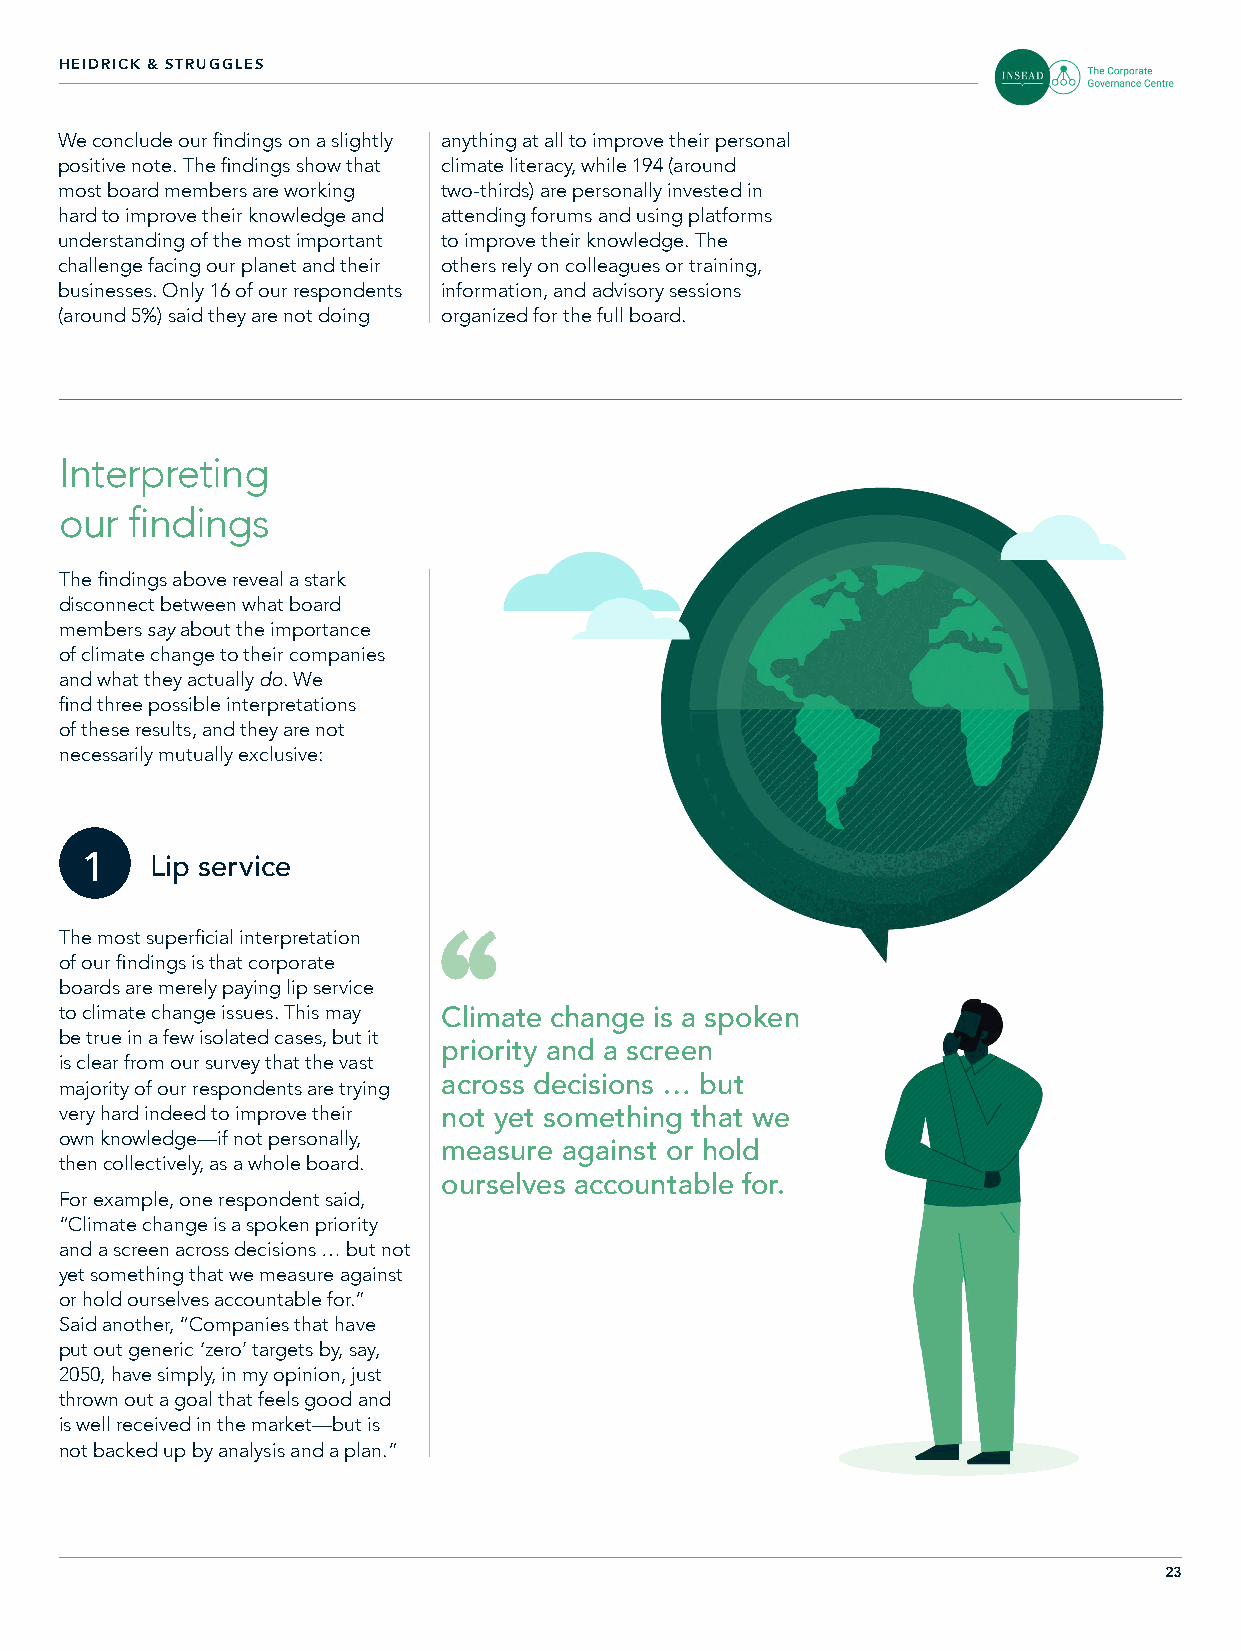
HEIDRICK & STRUGGLES
 We conclude our findings on a slightly anything at all to improve their personal
 positive note. The findings show that climate literacy, while 194 (around
 most board members are working two-thirds) are personally invested in
 hard to improve their knowledge and attending forums and using platforms
 understanding of the most important to improve their knowledge. The
 challenge facing our planet and their others rely on colleagues or training,
 businesses. Only 16 of our respondents information, and advisory sessions
 (around 5%) said they are not doing organized for the full board.
 Interpreting
 our findings
 The findings above reveal a stark
 disconnect between what board
 members say about the importance
 of climate change to their companies
 and what they actually do. We
 find three possible interpretations
 of these results, and they are not
 necessarily mutually exclusive:
 1    Lip service
 The most superficial interpretation
 of our findings is that corporate
 boards are merely paying lip service
 to climate change issues. This may Climate change is a spoken
 be true in a few isolated cases, but it
 priority and a screen
 is clear from our survey that the vast
 majority of our respondents are trying across decisions … but
 very hard indeed to improve their not yet something that we
 own knowledge—if not personally,
 measure against or hold
 then collectively, as a whole board.
 ourselves accountable for.
 For example, one respondent said,
 “Climate change is a spoken priority
 and a screen across decisions … but not
 yet something that we measure against
 or hold ourselves accountable for.”
 Said another, “Companies that have
 put out generic ‘zero’ targets by, say,
 2050, have simply, in my opinion, just
 thrown out a goal that feels good and
 is well received in the market—but is
 not backed up by analysis and a plan.”
 23